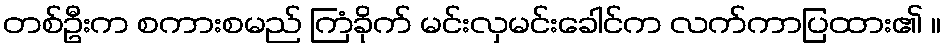
တစ်ဦးက စကားစမည် ကြံခိုက် မင်းလှမင်းခေါင်က လက်ကာပြထား၏ ။